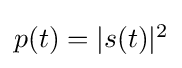
{\textstyle p(t)=|s(t)|^{2}}